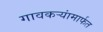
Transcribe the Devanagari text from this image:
गावकऱ्यांमार्फत